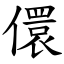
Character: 儇